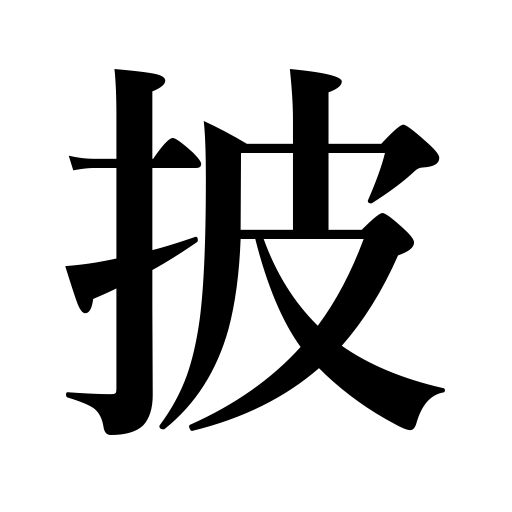
Meanings: open